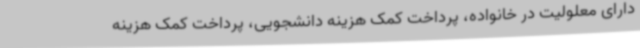
دارای معلولیت در خانواده، پرداخت کمک هزینه دانشجویی، پرداخت کمک هزینه